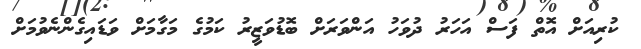
ކުރިއަށް އޮތް ފަސް އަހަރު ދުވަހު އަންވަރަށް ބޮޑުވަޒީރު ކަމުގެ މަގާމަށް ވަޑައިގެންނެވުމަށް